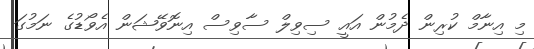
މި އިނާމް ކުރިން ދެމުން އައީ ސިވިލް ސާވިސް އިނޮވޭޝަން އެވޯޑުގެ ނަމުގަ